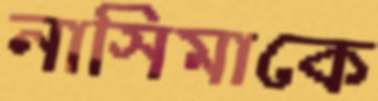
নাসিমাকে